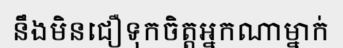
នឹងមិនជឿទុកចិត្តអ្នកណាម្នាក់